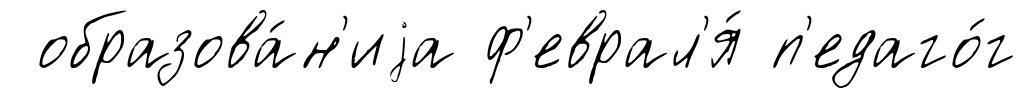
образова́н'иjа ф'еврал'я́ п'едаго́г